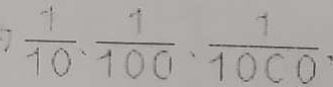
\frac { 1 } { 1 0 } 、 \frac { 1 } { 1 0 0 } 、 \frac { 1 } { 1 0 0 0 }